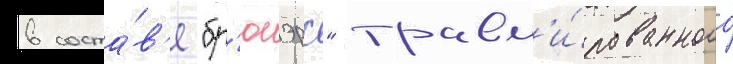
в соста́в'е "бр'юэрс" травм'и́рованного